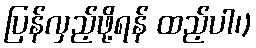
ပြန်လှည့်ဖို့ရန် ထည့်ပါ၊)